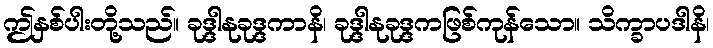
ဤနှစ်ပါးတို့သည်။ ခုဒ္ဒါနုခုဒ္ဒကာနိ၊ ခုဒ္ဒါနုခုဒ္ဒကဖြစ်ကုန်သော။ သိက္ခာပဒါနိ၊